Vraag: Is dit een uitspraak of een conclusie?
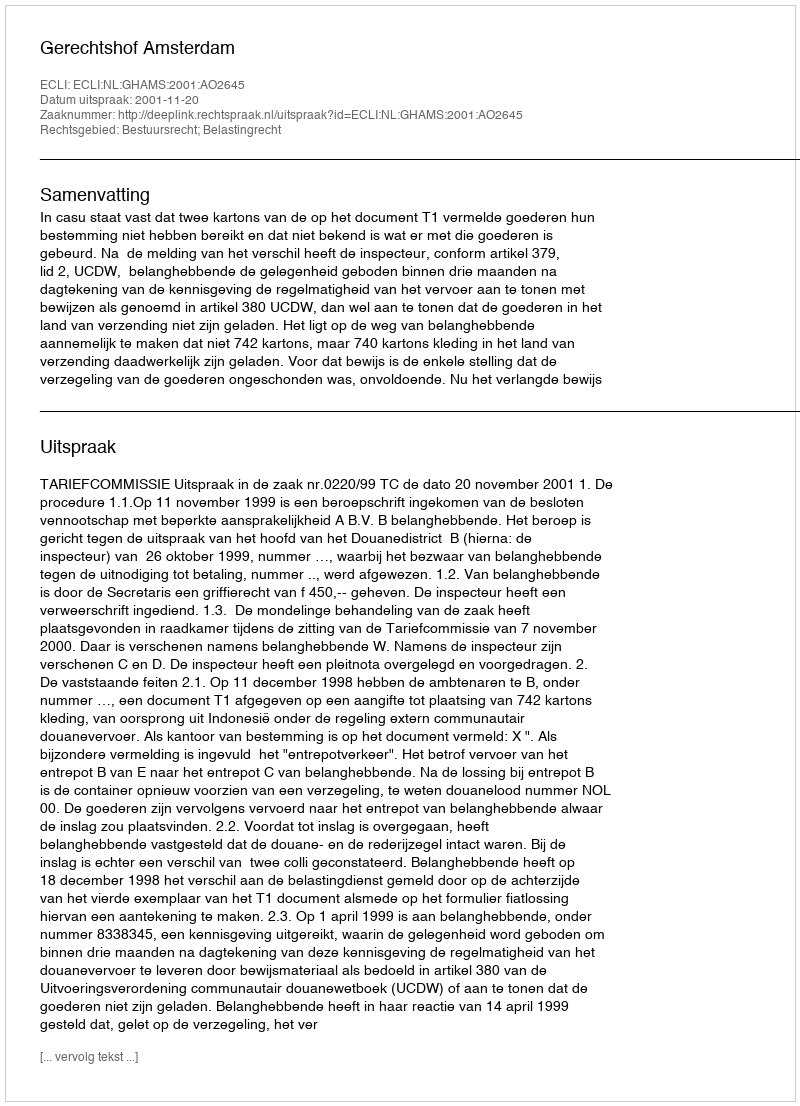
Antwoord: Uitspraak